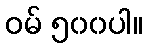
ဝမ် ၅၀၀ပါ။